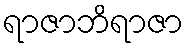
ရာဇာဘိရာဇာ